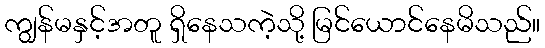
ကျွန်မနှင့်အတူ ရှိနေသကဲ့သို့ မြင်ယောင်နေမိသည်။